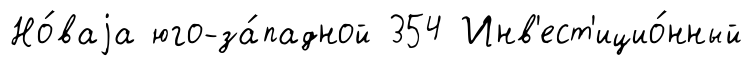
Но́ваjа юго-за́падной 354 Инв'ест'ицио́нный